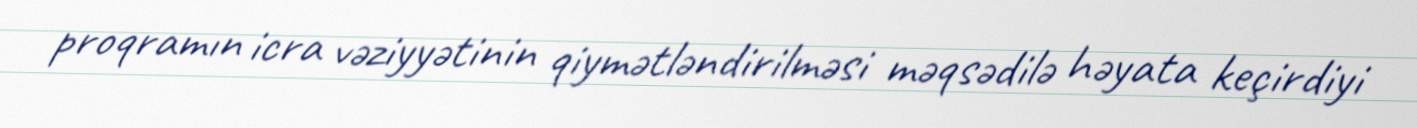
proqramın icra vəziyyətinin qiymətləndirilməsi məqsədilə həyata keçirdiyi